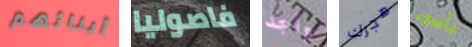
أبنائهم فاصوليا وأجد هجرك بأسوء